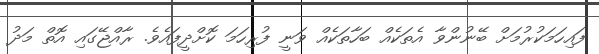
ފައިހަމަކުރުމަށް ބޭނުންވާ އެތަކެއް ބަހާތަކެއް ވަނީ ފުރިހަމަ ކޮށްދީފައެވެ. ރާއްޖޭގައި އޮތް މަދު